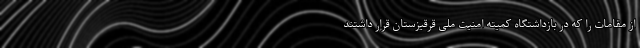
از مقامات را که در بازداشتگاه کمیته امنیت ملی قرقیزستان قرار داشتند